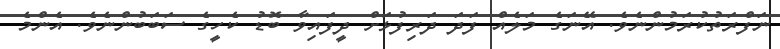
ނަފްރަތުކުރަމުންނެވެ. އޭނަގެ މަލެއް ފަދަ ދަރިފުޅަށް ދީފައިވާ ބޮޑު ކެހީގެ ސަބަބުންނެވެ. އެންމެ